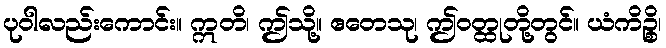
ပုဝါလည်းကောင်း။ ဣတိ၊ ဤသို့။ ဧတေသု၊ ဤဝတ္ထုတို့တွင်။ ယံကိဉ္စိ၊